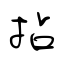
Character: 拈